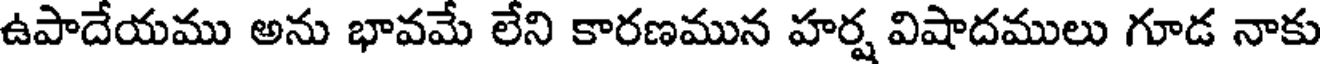
ఉపాదేయము అను భావమే లేని కారణమున హర్ష విషాదములు గూడ నాకు